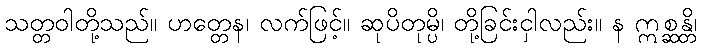
သတ္တဝါတို့သည်။ ဟတ္တေန၊ လက်ဖြင့်။ ဆုပိတုမ္ပိ၊ တို့ခြင်းငှါလည်း။ န ဣစ္ဆန္တိ၊